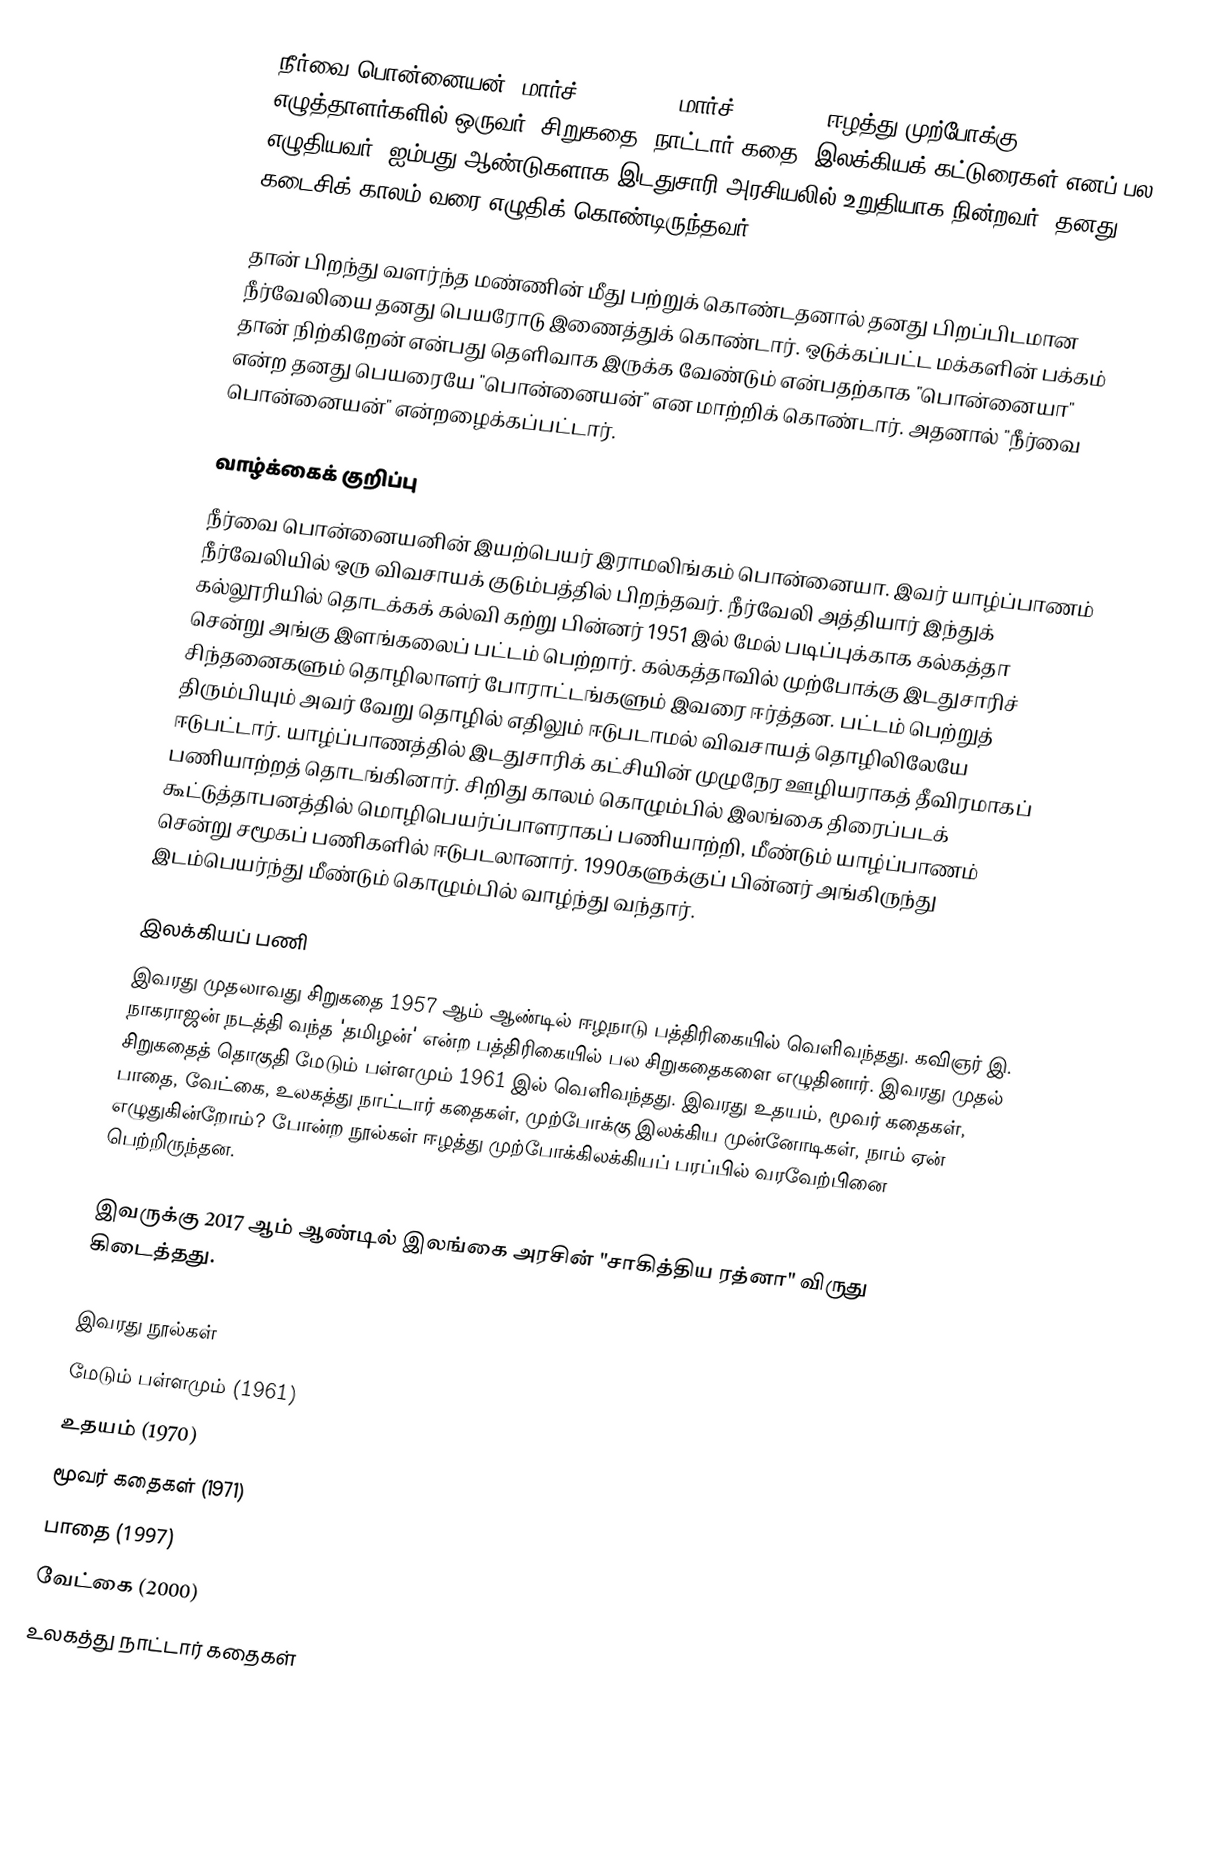
நீர்வை பொன்னையன் (மார்ச் 24, 1930 - மார்ச் 26, 2020) ஈழத்து முற்போக்கு எழுத்தாளர்களில் ஒருவர். சிறுகதை, நாட்டார் கதை, இலக்கியக் கட்டுரைகள் எனப் பல எழுதியவர். ஐம்பது ஆண்டுகளாக இடதுசாரி அரசியலில் உறுதியாக நின்றவர். தனது கடைசிக் காலம் வரை எழுதிக் கொண்டிருந்தவர்.

தான் பிறந்து வளர்ந்த மண்ணின் மீது பற்றுக் கொண்டதனால் தனது பிறப்பிடமான நீர்வேலியை தனது பெயரோடு இணைத்துக் கொண்டார். ஒடுக்கப்பட்ட மக்களின் பக்கம் தான் நிற்கிறேன் என்பது தெளிவாக இருக்க வேண்டும் என்பதற்காக "பொன்னையா" என்ற தனது பெயரையே "பொன்னையன்" என மாற்றிக் கொண்டார். அதனால் "நீர்வை பொன்னையன்" என்றழைக்கப்பட்டார்.

வாழ்க்கைக் குறிப்பு
நீர்வை பொன்னையனின் இயற்பெயர் இராமலிங்கம் பொன்னையா. இவர் யாழ்ப்பாணம் நீர்வேலியில் ஒரு விவசாயக் குடும்பத்தில் பிறந்தவர். நீர்வேலி அத்தியார் இந்துக் கல்லூரியில் தொடக்கக் கல்வி கற்று பின்னர் 1951 இல் மேல் படிப்புக்காக கல்கத்தா சென்று அங்கு இளங்கலைப் பட்டம் பெற்றார். கல்கத்தாவில் முற்போக்கு இடதுசாரிச் சிந்தனைகளும் தொழிலாளர் போராட்டங்களும் இவரை ஈர்த்தன. பட்டம் பெற்றுத் திரும்பியும் அவர் வேறு தொழில் எதிலும் ஈடுபடாமல் விவசாயத் தொழிலிலேயே ஈடுபட்டார். யாழ்ப்பாணத்தில் இடதுசாரிக் கட்சியின் முழுநேர ஊழியராகத் தீவிரமாகப் பணியாற்றத் தொடங்கினார். சிறிது காலம் கொழும்பில் இலங்கை திரைப்படக் கூட்டுத்தாபனத்தில் மொழிபெயர்ப்பாளராகப் பணியாற்றி, மீண்டும் யாழ்ப்பாணம் சென்று சமூகப் பணிகளில் ஈடுபடலானார். 1990களுக்குப் பின்னர் அங்கிருந்து இடம்பெயர்ந்து மீண்டும் கொழும்பில் வாழ்ந்து வந்தார்.

இலக்கியப் பணி
இவரது முதலாவது சிறுகதை 1957 ஆம் ஆண்டில் ஈழநாடு பத்திரிகையில் வெளிவந்தது. கவிஞர் இ. நாகராஜன் நடத்தி வந்த 'தமிழன்' என்ற பத்திரிகையில் பல சிறுகதைகளை எழுதினார். இவரது முதல் சிறுகதைத் தொகுதி மேடும் பள்ளமும் 1961 இல் வெளிவந்தது. இவரது உதயம், மூவர் கதைகள், பாதை, வேட்கை, உலகத்து நாட்டார் கதைகள், முற்போக்கு இலக்கிய முன்னோடிகள், நாம் ஏன் எழுதுகின்றோம்? போன்ற நூல்கள் ஈழத்து முற்போக்கிலக்கியப் பரப்பில் வரவேற்பினை பெற்றிருந்தன.

இவருக்கு 2017 ஆம் ஆண்டில் இலங்கை அரசின் "சாகித்திய ரத்னா" விருது கிடைத்தது.

இவரது நூல்கள்
 மேடும் பள்ளமும் (1961)
 உதயம் (1970)
 மூவர் கதைகள் (1971)
 பாதை (1997)
 வேட்கை (2000)
 உலகத்து நாட்டார் கதைகள்